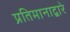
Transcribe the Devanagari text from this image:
प्रतिमानाद्वारे